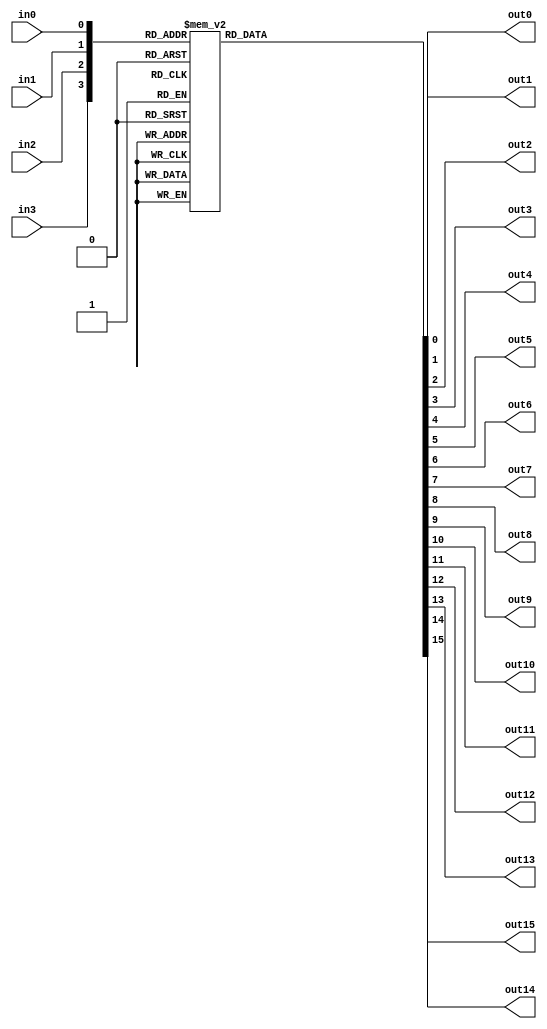

module Dec_4x16(in0, in1, in2, in3, out0, out1, out2, out3,out4, out5, out6, out7,out8, out9, out10, out11, out12, out13, out14, out15);
	
	input in0, in1, in2, in3;
	output reg out0, out1, out2, out3,out4, out5, out6, out7,out8, out9, out10, out11, out12, out13, out14, out15;
	
	always @(in0 or in1 or in2 or in3)													//when input change
	begin
		case ( {in3, in2, in1, in0} )												//check inputs and assign proper outputs
			4'b0000: {out15, out14, out13, out12,out11, out10, out9, out8, out7, out6, out5, out4,out3, out2, out1, out0} = 16'b0000000000000001;
			4'b0001: {out15, out14, out13, out12,out11, out10, out9, out8, out7, out6, out5, out4,out3, out2, out1, out0} = 16'b0000000000000010;
			4'b0010: {out15, out14, out13, out12,out11, out10, out9, out8, out7, out6, out5, out4,out3, out2, out1, out0} = 16'b0000000000000100;
			4'b0011: {out15, out14, out13, out12,out11, out10, out9, out8, out7, out6, out5, out4,out3, out2, out1, out0} = 16'b0000000000001000;
			4'b0100: {out15, out14, out13, out12,out11, out10, out9, out8, out7, out6, out5, out4,out3, out2, out1, out0} = 16'b0000000000010000;
			4'b0101: {out15, out14, out13, out12,out11, out10, out9, out8, out7, out6, out5, out4,out3, out2, out1, out0} = 16'b0000000000100000;
			4'b0110: {out15, out14, out13, out12,out11, out10, out9, out8, out7, out6, out5, out4,out3, out2, out1, out0} = 16'b0000000001000000;
			4'b0111: {out15, out14, out13, out12,out11, out10, out9, out8, out7, out6, out5, out4,out3, out2, out1, out0} = 16'b0000000010000000;
			4'b1000: {out15, out14, out13, out12,out11, out10, out9, out8, out7, out6, out5, out4,out3, out2, out1, out0} = 16'b0000000100000000;
			4'b1001: {out15, out14, out13, out12,out11, out10, out9, out8, out7, out6, out5, out4,out3, out2, out1, out0} = 16'b0000001000000000;
			4'b1010: {out15, out14, out13, out12,out11, out10, out9, out8, out7, out6, out5, out4,out3, out2, out1, out0} = 16'b0000010000000000;
			4'b1011: {out15, out14, out13, out12,out11, out10, out9, out8, out7, out6, out5, out4,out3, out2, out1, out0} = 16'b0000100000000000;
			4'b1100: {out15, out14, out13, out12,out11, out10, out9, out8, out7, out6, out5, out4,out3, out2, out1, out0} = 16'b0001000000000000;
			4'b1101: {out15, out14, out13, out12,out11, out10, out9, out8, out7, out6, out5, out4,out3, out2, out1, out0} = 16'b0010000000000000;
			4'b1110: {out15, out14, out13, out12,out11, out10, out9, out8, out7, out6, out5, out4,out3, out2, out1, out0} = 16'b0100000000000000;
			4'b1111: {out15, out14, out13, out12,out11, out10, out9, out8, out7, out6, out5, out4,out3, out2, out1, out0} = 16'b1000000000000000;
			default: {out15, out14, out13, out12,out11, out10, out9, out8, out7, out6, out5, out4,out3, out2, out1, out0} = 16'b0000;
		endcase
	end

endmodule